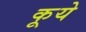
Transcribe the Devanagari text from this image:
कूये